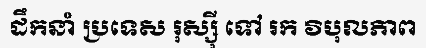
ដឹកនាំ ប្រទេស រុស្ស៊ី ទៅ រក វិបុលភាព